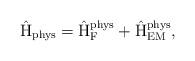
LaTeX: \begin{align*}\hat{\rm H}_{\rm phys} = \hat{\rm H}_{\rm F}^{\rm phys} +\hat{\rm H}_{\rm EM}^{\rm phys},\end{align*}